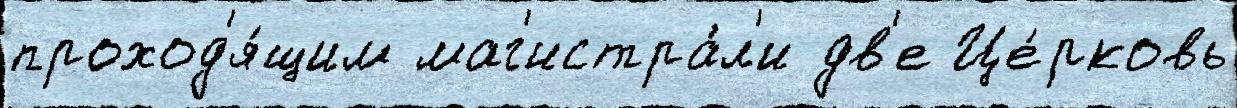
проход'я́щим маг'истра́л'и дв'е Це́рковь